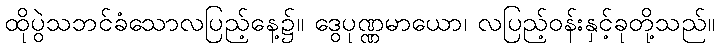
ထိုပွဲသဘင်ခံသောလပြည့်နေ့၌။ ဒွေပုဏ္ဏမာယော၊ လပြည့်ဝန်းနှင့်ခုတို့သည်။